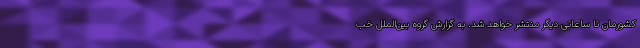
کشورمان تا ساعاتی دیگر منتشر خواهد شد. به گزارش گروه بین‌الملل خب